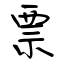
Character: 票